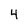
Character: 4